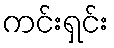
ကင်းရှင်း